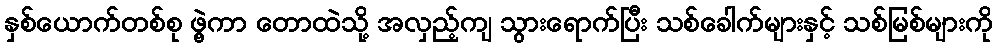
နှစ်ယောက်တစ်စု ဖွဲ့ကာ တောထဲသို့ အလှည့်ကျ သွားရောက်ပြီး သစ်ခေါက်များနှင့် သစ်မြစ်များကို